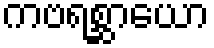
ကဗရစ္ဆာယော